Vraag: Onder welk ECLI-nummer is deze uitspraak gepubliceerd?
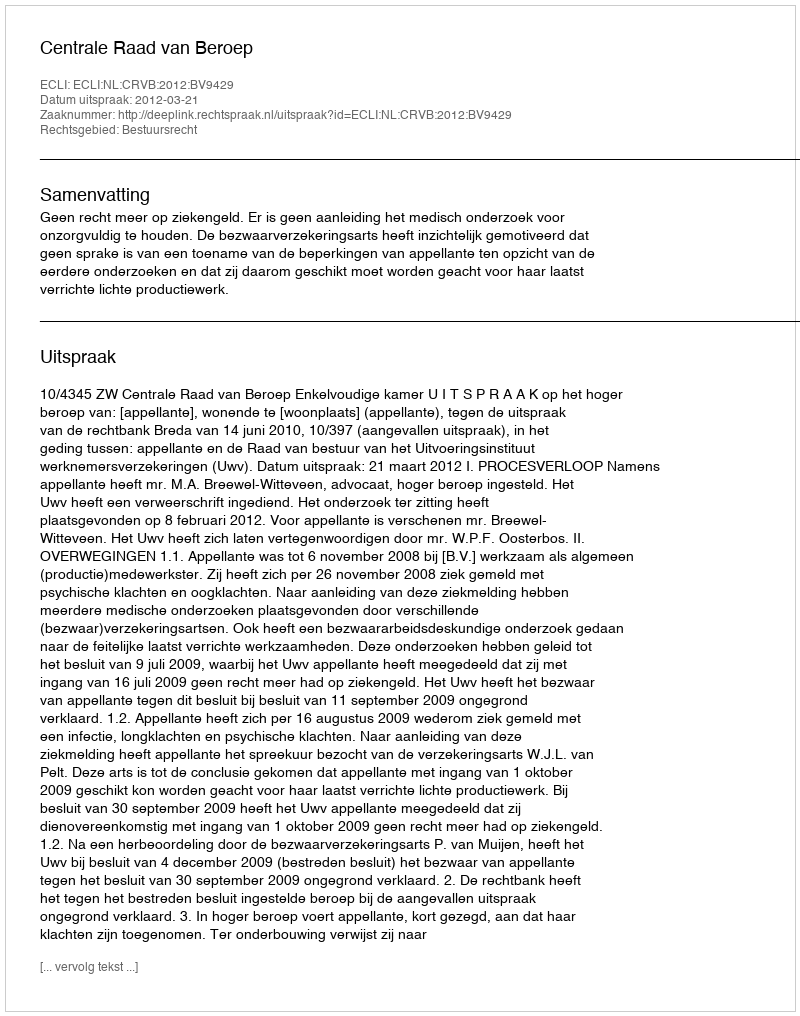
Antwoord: ECLI:NL:CRVB:2012:BV9429